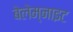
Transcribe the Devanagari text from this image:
बेलेम्नाइट